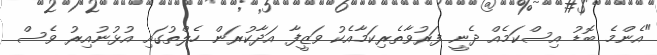
"އެންމެ ބޮޑު އިސްކަމެއް ދެނީ ފަރުވާތެރިކަމާއެކު ވަޒީފާ އަދާކުރަން ހެލްތުގައި އުޅުނުއިރު ވެސް